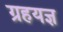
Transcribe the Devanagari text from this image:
ग्रहयज्ञ